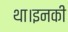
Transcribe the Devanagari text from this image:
था।इनकी